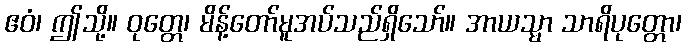
ဧဝံ၊ ဤသို့။ ဝုတ္တေ၊ မိန့်တော်မူအပ်သည်ရှိသော်။ အာယသ္မာ သာရိပုတ္တော၊